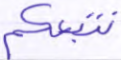
نتبعكم